Civil Veterinary Dept. North-West Frontier Province 1933-46 - 1933-1946
Year: 1933
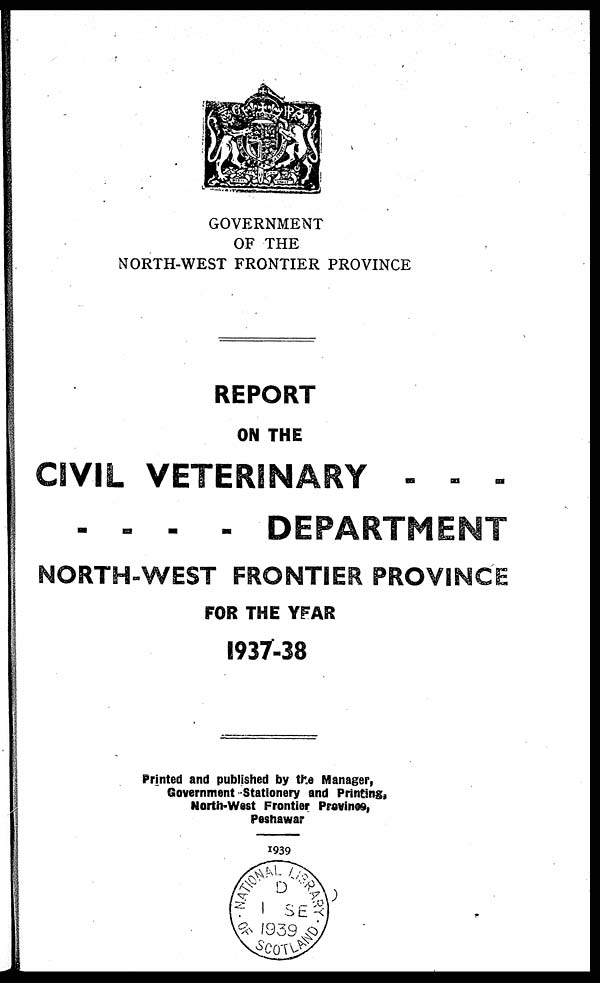
GOVERNMENT
OF THE
NORTH-WEST FRONTIER PROVINCE
REPORT
ON THE
CIVIL VETERINARY - - -
- - - - DEPARTMENT
NORTH-WEST FRONTIER PROVINCE
FOR THE YEAR
1937-38
Printed and published by the Manager,
Government Stationery and Printing,
North-west Frontier Province,
Peshawar
1939